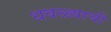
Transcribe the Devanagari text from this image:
धवळ्याची